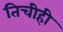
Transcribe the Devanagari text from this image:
तिचीही